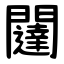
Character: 闥